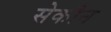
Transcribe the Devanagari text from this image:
सेकौन